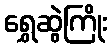
ရွှေဆွဲကြိုး